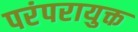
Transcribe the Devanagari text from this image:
परंपरायुक्त